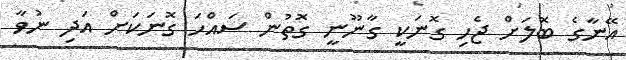
އޭނާގެ ބޮލަށް ޖެހި ގޮނަކީ ގާނޫނީ ގޮތުން ސައްހަ ގޮނަކަށް އަދި ނުވާ